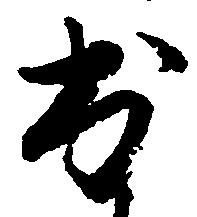
出